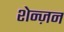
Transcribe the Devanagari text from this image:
शेन्ज़न